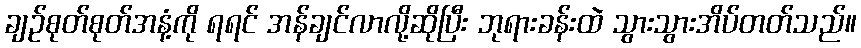
ချဉ်စုတ်စုတ်အနံ့ကို ရရင် အန်ချင်လာလို့ဆိုပြီး ဘုရားခန်းထဲ သွားသွားအိပ်တတ်သည်။